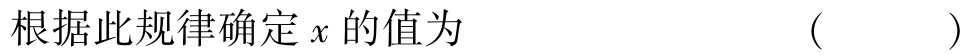
根据此规律确定 \(x\) 的值为  （  ）